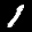
Label: 1